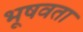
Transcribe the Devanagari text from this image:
भूषवता